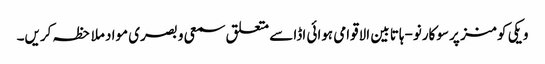
ویکی کومنز پر سوکارنو-ہاتا بین الاقوامی ہوائی اڈا سے متعلق سمعی و بصری مواد ملاحظہ کریں۔